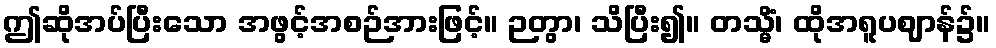
ဤဆိုအပ်ပြီးသော အဖွင့်အစဉ်အားဖြင့်။ ဉတွာ၊ သိပြီး၍။ တသ္မိံ၊ ထိုအရူပဈာန်၌။